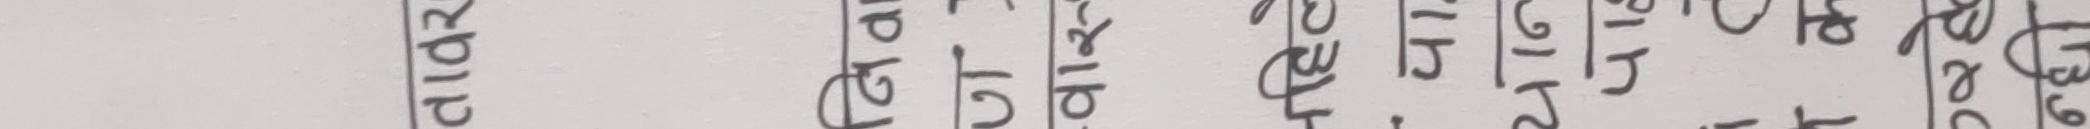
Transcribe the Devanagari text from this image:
कार विचार टोटल मार्क सेकन्ड २४६ ६३०